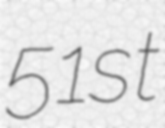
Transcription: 51st